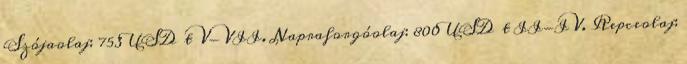
Szójaolaj: 753 USD t V-VII. Napraforgóolaj: 800 USD t II-IV. Repceolaj: